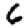
Digit: 6